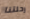
رحلتنا